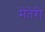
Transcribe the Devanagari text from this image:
मेंतेरी